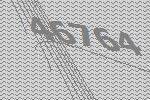
46764